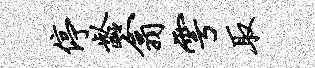
停龄翕雩取